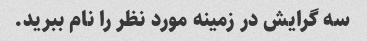
سه گرایش در زمینه مورد نظر را نام ببرید.